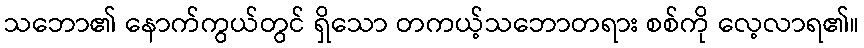
သဘော၏ နောက်ကွယ်တွင် ရှိသော တကယ့်သဘောတရား စစ်ကို လေ့လာရ၏။